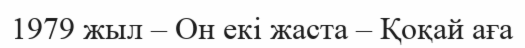
1979 жыл – Он екі жаста – Қоқай аға